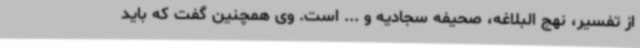
از تفسیر، نهج البلاغه، صحیفه سجادیه و ‌... است. وی همچنین گفت که باید